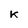
Character: K